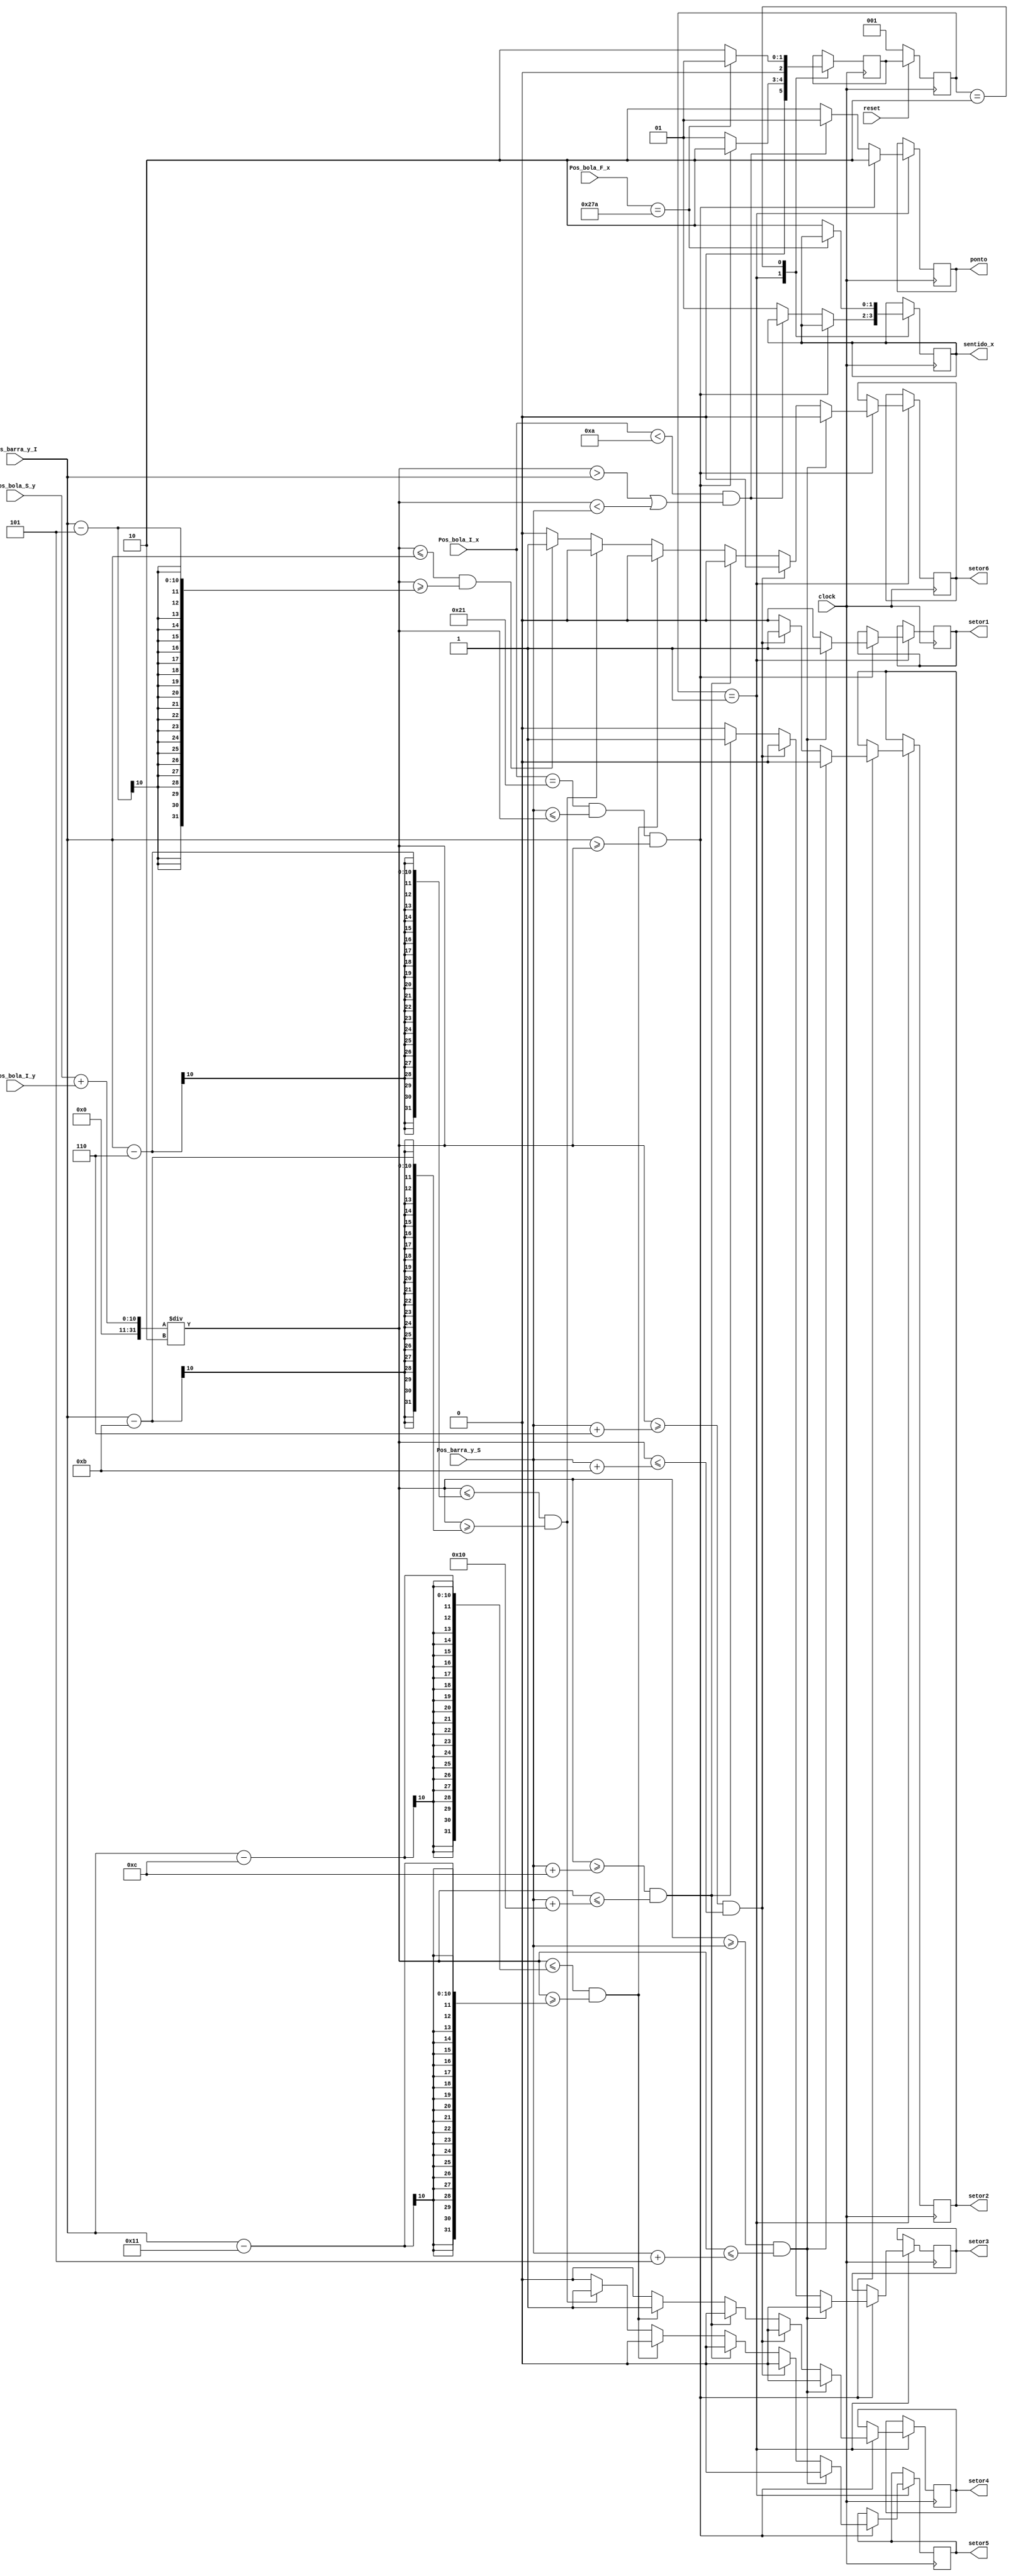
module impact(
	input clock,
	input reset,
	input [9:0] Pos_barra_y_S,
	input [9:0] Pos_barra_y_I,
	input [9:0] Pos_bola_I_x,
	input [9:0] Pos_bola_F_x,
	input [9:0] Pos_bola_S_y,
	input [9:0] Pos_bola_I_y,
	output reg [1:0] sentido_x,
	output reg [1:0] ponto,
	output reg setor1,
	output reg setor2,
	output reg setor3,
	output reg setor4,
	output reg setor5,
	output reg setor6
);
	
	parameter INITIAL = 3'b001; 
	parameter DIREITA = 3'b010;
	parameter ESQUERDA = 3'b101;
	
	reg [2:0] state, next_state;
	reg [2:0] aux2 = 3'b000;
	reg aux = 0;

	always @(posedge clock)
		if (~reset) state <= INITIAL;
		else state <= next_state;

	always @(posedge clock) begin
		case(state)
			INITIAL : begin

				if(Pos_bola_I_x == 33 && (Pos_barra_y_S <= ((Pos_bola_S_y + Pos_bola_I_y)/2)) && (Pos_barra_y_I >= ((Pos_bola_S_y + Pos_bola_I_y)/2))) begin
					ponto = 2'b10;
					if((((Pos_bola_S_y + Pos_bola_I_y)/2) >= Pos_barra_y_S) && (((Pos_bola_S_y + Pos_bola_I_y)/2) <= Pos_barra_y_S+5))begin
						setor1 = 1;
						setor2 = 0;
						setor3 = 0;
						setor4 = 0;
						setor5 = 0;
						setor6 = 0;
					end
					else if((((Pos_bola_S_y + Pos_bola_I_y)/2) >= Pos_barra_y_S+6) && (((Pos_bola_S_y + Pos_bola_I_y)/2) <= Pos_barra_y_S+11))begin
						setor2 = 1;
						setor1 = 0;
						setor3 = 0;
						setor4 = 0;
						setor5 = 0;
						setor6 = 0;
					end
					else if((((Pos_bola_S_y + Pos_bola_I_y)/2) >= Pos_barra_y_S+12) && (((Pos_bola_S_y + Pos_bola_I_y)/2) <= Pos_barra_y_S+16))begin
						setor3 = 1;
						setor1 = 0;
						setor2 = 0;
						setor4 = 0;
						setor5 = 0;
						setor6 = 0;
					end
					else if((((Pos_bola_S_y + Pos_bola_I_y)/2) <= Pos_barra_y_I-12) && (((Pos_bola_S_y + Pos_bola_I_y)/2) >= Pos_barra_y_I-17))begin
						setor4 = 1;
						setor1 = 0;
						setor3 = 0;
						setor2 = 0;
						setor5 = 0;
						setor6 = 0;
					end
					else if((((Pos_bola_S_y + Pos_bola_I_y)/2) <= Pos_barra_y_I-6) && (((Pos_bola_S_y + Pos_bola_I_y)/2) >= Pos_barra_y_I-11))begin
						setor5 = 1;
						setor1 = 0;
						setor3 = 0;
						setor4 = 0;
						setor2 = 0;
						setor6 = 0;
					end
					else if((((Pos_bola_S_y + Pos_bola_I_y)/2) <= Pos_barra_y_I) && (((Pos_bola_S_y + Pos_bola_I_y)/2) >= Pos_barra_y_I-5))begin
						setor6 = 1;
						setor1 = 0;
						setor3 = 0;
						setor4 = 0;
						setor5 = 0;
						setor2 = 0;
					end
					else begin
						setor1 = 0;
						setor2 = 0;
						setor3 = 0;
						setor4 = 0;
						setor5 = 0;
						setor6 = 0;
					end
					next_state = DIREITA;
				end
				
				else if(Pos_bola_I_x < 10 && ((((Pos_bola_S_y + Pos_bola_I_y)/2) > Pos_barra_y_I) || (((Pos_bola_S_y + Pos_bola_I_y)/2) < Pos_barra_y_S))) begin
					ponto = 2'b01;
					next_state = INITIAL;
				end
				
				else begin
					ponto = 2'b10;
					sentido_x = 2'b01;
					next_state = INITIAL;
				end
			end
			
			DIREITA: begin
				if(Pos_bola_F_x == 634) begin
					next_state = INITIAL;
				end
				else begin
					sentido_x = 2'b10;
					next_state = DIREITA;
				end
			end
		
		endcase

	end

endmodule